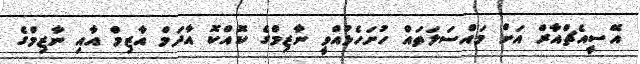
އޭސީއެޗްއާރް އަށް މައްސަލަތައް ހުށަހެޅުއްވީ ނާޒިމްގެ ކޮއްކޮ އާދަމް އާޒިމް އާއި ނާޒިމްގެ